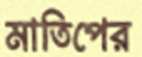
মাতিপের